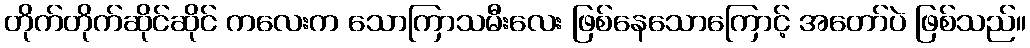
တိုက်တိုက်ဆိုင်ဆိုင် ကလေးက သောကြာသမီးလေး ဖြစ်နေသောကြောင့် အတော်ပဲ ဖြစ်သည်။